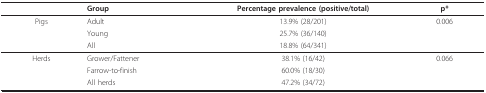
<table><thead><tr><td></td><td><b>Group</b></td><td><b>Percentage prevalence (positive/total)</b></td><td><b>p*</b></td></tr></thead><tbody><tr><td>Pigs</td><td>Adult</td><td>13.9% (28/201)</td><td>0.006</td></tr><tr><td></td><td>Young</td><td>25.7% (36/140)</td><td></td></tr><tr><td></td><td>All</td><td>18.8% (64/341)</td><td></td></tr><tr><td>Herds</td><td>Grower/Fattener</td><td>38.1% (16/42)</td><td>0.066</td></tr><tr><td></td><td>Farrow-to-finish</td><td>60.0% (18/30)</td><td></td></tr><tr><td></td><td>All herds</td><td>47.2% (34/72)</td><td></td></tr></tbody></table>